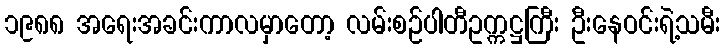
၁၉၈၈ အရေးအခင်းကာလမှာတော့ လမ်းစဉ်ပါတီဥက္ကဋ္ဌကြီး ဦးနေဝင်းရဲ့သမီး